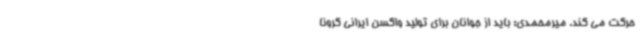
حرکت می کند. میرمحمدی: باید از جوانان برای تولید واکسن ایرانی کرونا